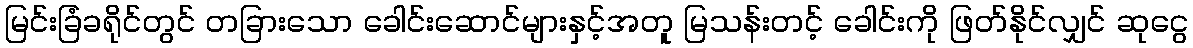
မြင်းခြံခရိုင်တွင် တခြားသော ခေါင်းဆောင်များနှင့်အတူ မြသန်းတင့် ခေါင်းကို ဖြတ်နိုင်လျှင် ဆုငွေ